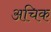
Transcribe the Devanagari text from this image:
अचिक